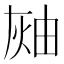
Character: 𤉓